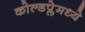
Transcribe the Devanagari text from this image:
कोल्डप्लेमध्ये